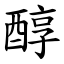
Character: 醇